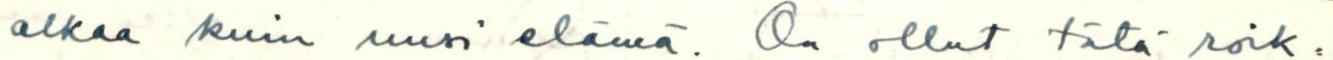
alkaa kuin uusi elämä. On ollut tätä roik=